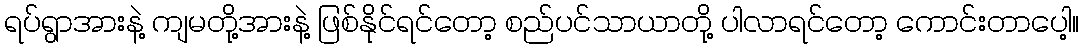
ရပ်ရွာအားနဲ့ ကျမတို့အားနဲ့ ဖြစ်နိုင်ရင်တော့ စည်ပင်သာယာတို့ ပါလာရင်တော့ ကောင်းတာပေါ့။